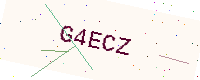
Text: G4ECZ